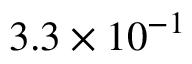
3 . 3 \times 1 0 ^ { - 1 }